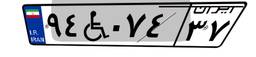
۹۴W۰۷۴۳۷